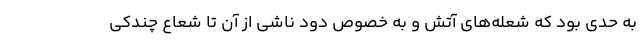
به حدی بود که شعله‌های آتش و به خصوص دود ناشی از آن تا شعاع چندکی